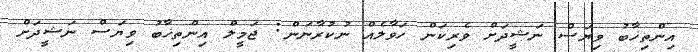
އިންތިޚާބު ވިޔަސް ނަޝީދަށް ވެރިކަން ހަވާލެއް ނުކުރާނަން: ޖަމީލް އިންތިޚާބު ވިޔަސް ނަޝީދަށް